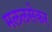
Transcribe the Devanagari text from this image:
मललसेकर